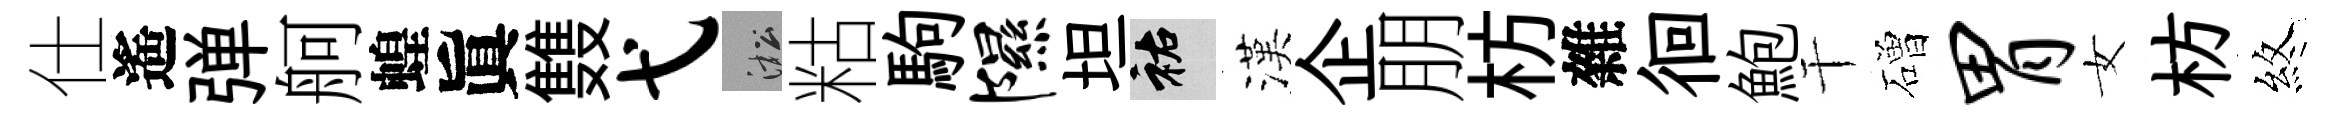
仕遙弹舸蝗眞䨇弋淞䊀駒隰坦祐漢企朋枋雜徊鮑干磳胃女枋煞